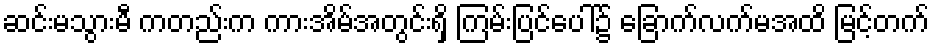
ဆင်းမသွားမီ ကတည်းက ကားအိမ်အတွင်းရှိ ကြမ်းပြင်ပေါ်၌ ခြောက်လက်မအထိ မြင့်တက်